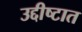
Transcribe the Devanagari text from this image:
उद्दीष्टात